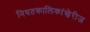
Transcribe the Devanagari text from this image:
नियतकालिकांखेरीज